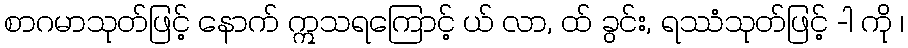
စာဂမာသုတ်ဖြင့် နောက် ဣသရကြောင့် ယ် လာ, ထ် ခွင်း, ရဿံသုတ်ဖြင့် -ါ ကို ၊